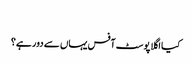
‬
‫کیا اگلا پوسٹ آفس یہاں سے دور ہے؟